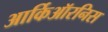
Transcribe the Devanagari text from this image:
आर्किऑरनिस